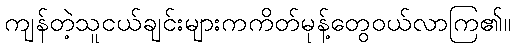
ကျန်တဲ့သူငယ်ချင်းများကကိတ်မုန့်တွေဝယ်လာကြ၏။